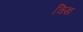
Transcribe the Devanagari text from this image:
चिख